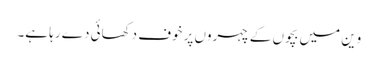
وین میں بچوں کے چہروں پر خوف دکھائی دے رہا ہے۔